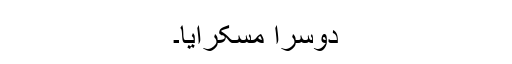
دوسرا مسکرایا۔